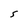
Character: S